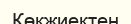
Көкжиектен